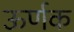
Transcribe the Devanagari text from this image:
ऊर्णक